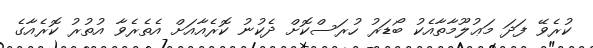
ކުރެވޭ ފަދަ މަޢުލޫމާތާއެކު ބޯޑަރު ހުރަސްކޮށް ދެކުނު ކޮރެއާއަށް އެތެރެވާ އުތުރު ކޮރެއާގެ